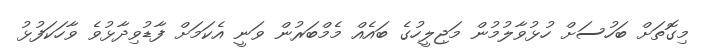
މިގޮތަށް ބަހުސަށް ހުޅުވާލުމުން މަޖިލީހުގެ ބައެއް މެމްބަރުން ވަނީ އެކަމަށް ފާޑުވިދާޅުވެ ވާހަކަފުޅު